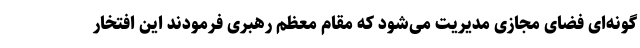
گونه‌ای فضای مجازی مدیریت می‌شود که مقام معظم رهبری فرمودند این افتخار